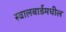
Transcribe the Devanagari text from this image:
स्वालबार्डमधील